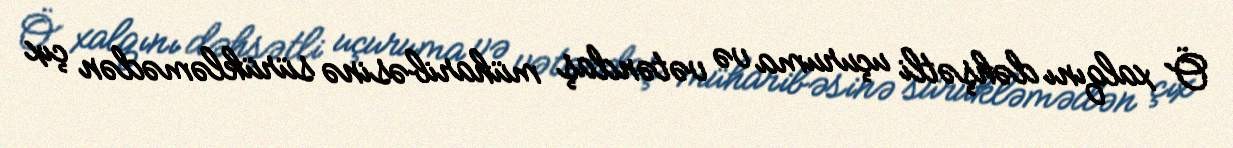
Ö xalqını dəhşətli uçuruma və vətəndaş müharibəsinə sürükləmədən çıx